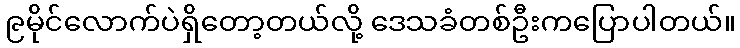
၉မိုင်လောက်ပဲရှိတော့တယ်လို့ ဒေသခံတစ်ဦးကပြောပါတယ်။